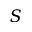
S